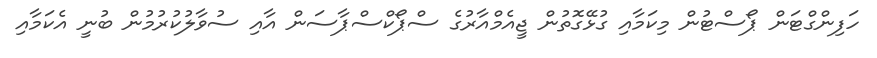
ހަފިންގްޓަން ޕޯސްޓުން މިކަމާއި ގުޅޭގޮތުން ޖީއެމްއާރުގެ ސްޕޯކްސްޕާސަން އާއި ސުވާލުކުރުމުން ބުނީ އެކަމާއި